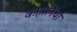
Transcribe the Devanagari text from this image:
कहानिंया